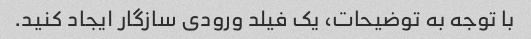
با توجه به توضیحات، یک فیلد ورودی سازگار ایجاد کنید.